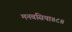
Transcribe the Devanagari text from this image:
मनबसिया॥८॥